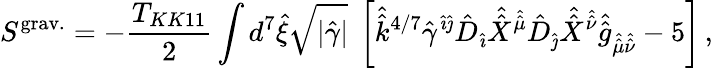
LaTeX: S^{\mathrm{grav.}}=-{\frac{T_{KK11}}{2}}\int d^{7}\hat{\xi}\sqrt{|\hat{\gamma}|}\ \left[\hat{\hat{k}}^{4/7}\hat{\gamma}^{\hat{\imath}\hat{\jmath}}\hat{D}_{\hat{\imath}}\hat{\hat{X}}^{\hat{\hat{\mu}}}\hat{D}_{\hat{\jmath}}\hat{\hat{X}}^{\hat{\hat{\nu}}}\hat{\hat{g}}_{\hat{\hat{\mu}}\hat{\hat{\nu}}}-5\right]\, ,